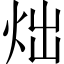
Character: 炪